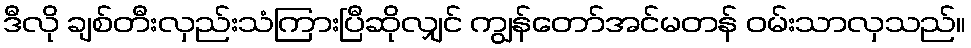
ဒီလို ချစ်တီးလှည်းသံကြားပြီဆိုလျှင် ကျွန်တော်အင်မတန် ဝမ်းသာလှသည်။